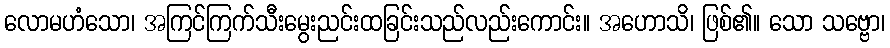
လောမဟံသော၊ အကြင်ကြက်သီးမွေးညင်းထခြင်းသည်လည်းကောင်း။ အဟောသိ၊ ဖြစ်၏။ သော သဗ္ဗော၊